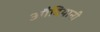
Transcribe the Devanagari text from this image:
औदियानी